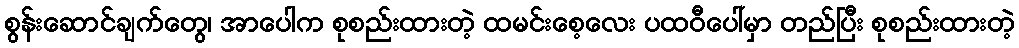
စွန်းဆောင်ချက်တွေ၊ အာပေါက စုစည်းထားတဲ့ ထမင်းစေ့လေး ပထဝီပေါ်မှာ တည်ပြီး စုစည်းထားတဲ့